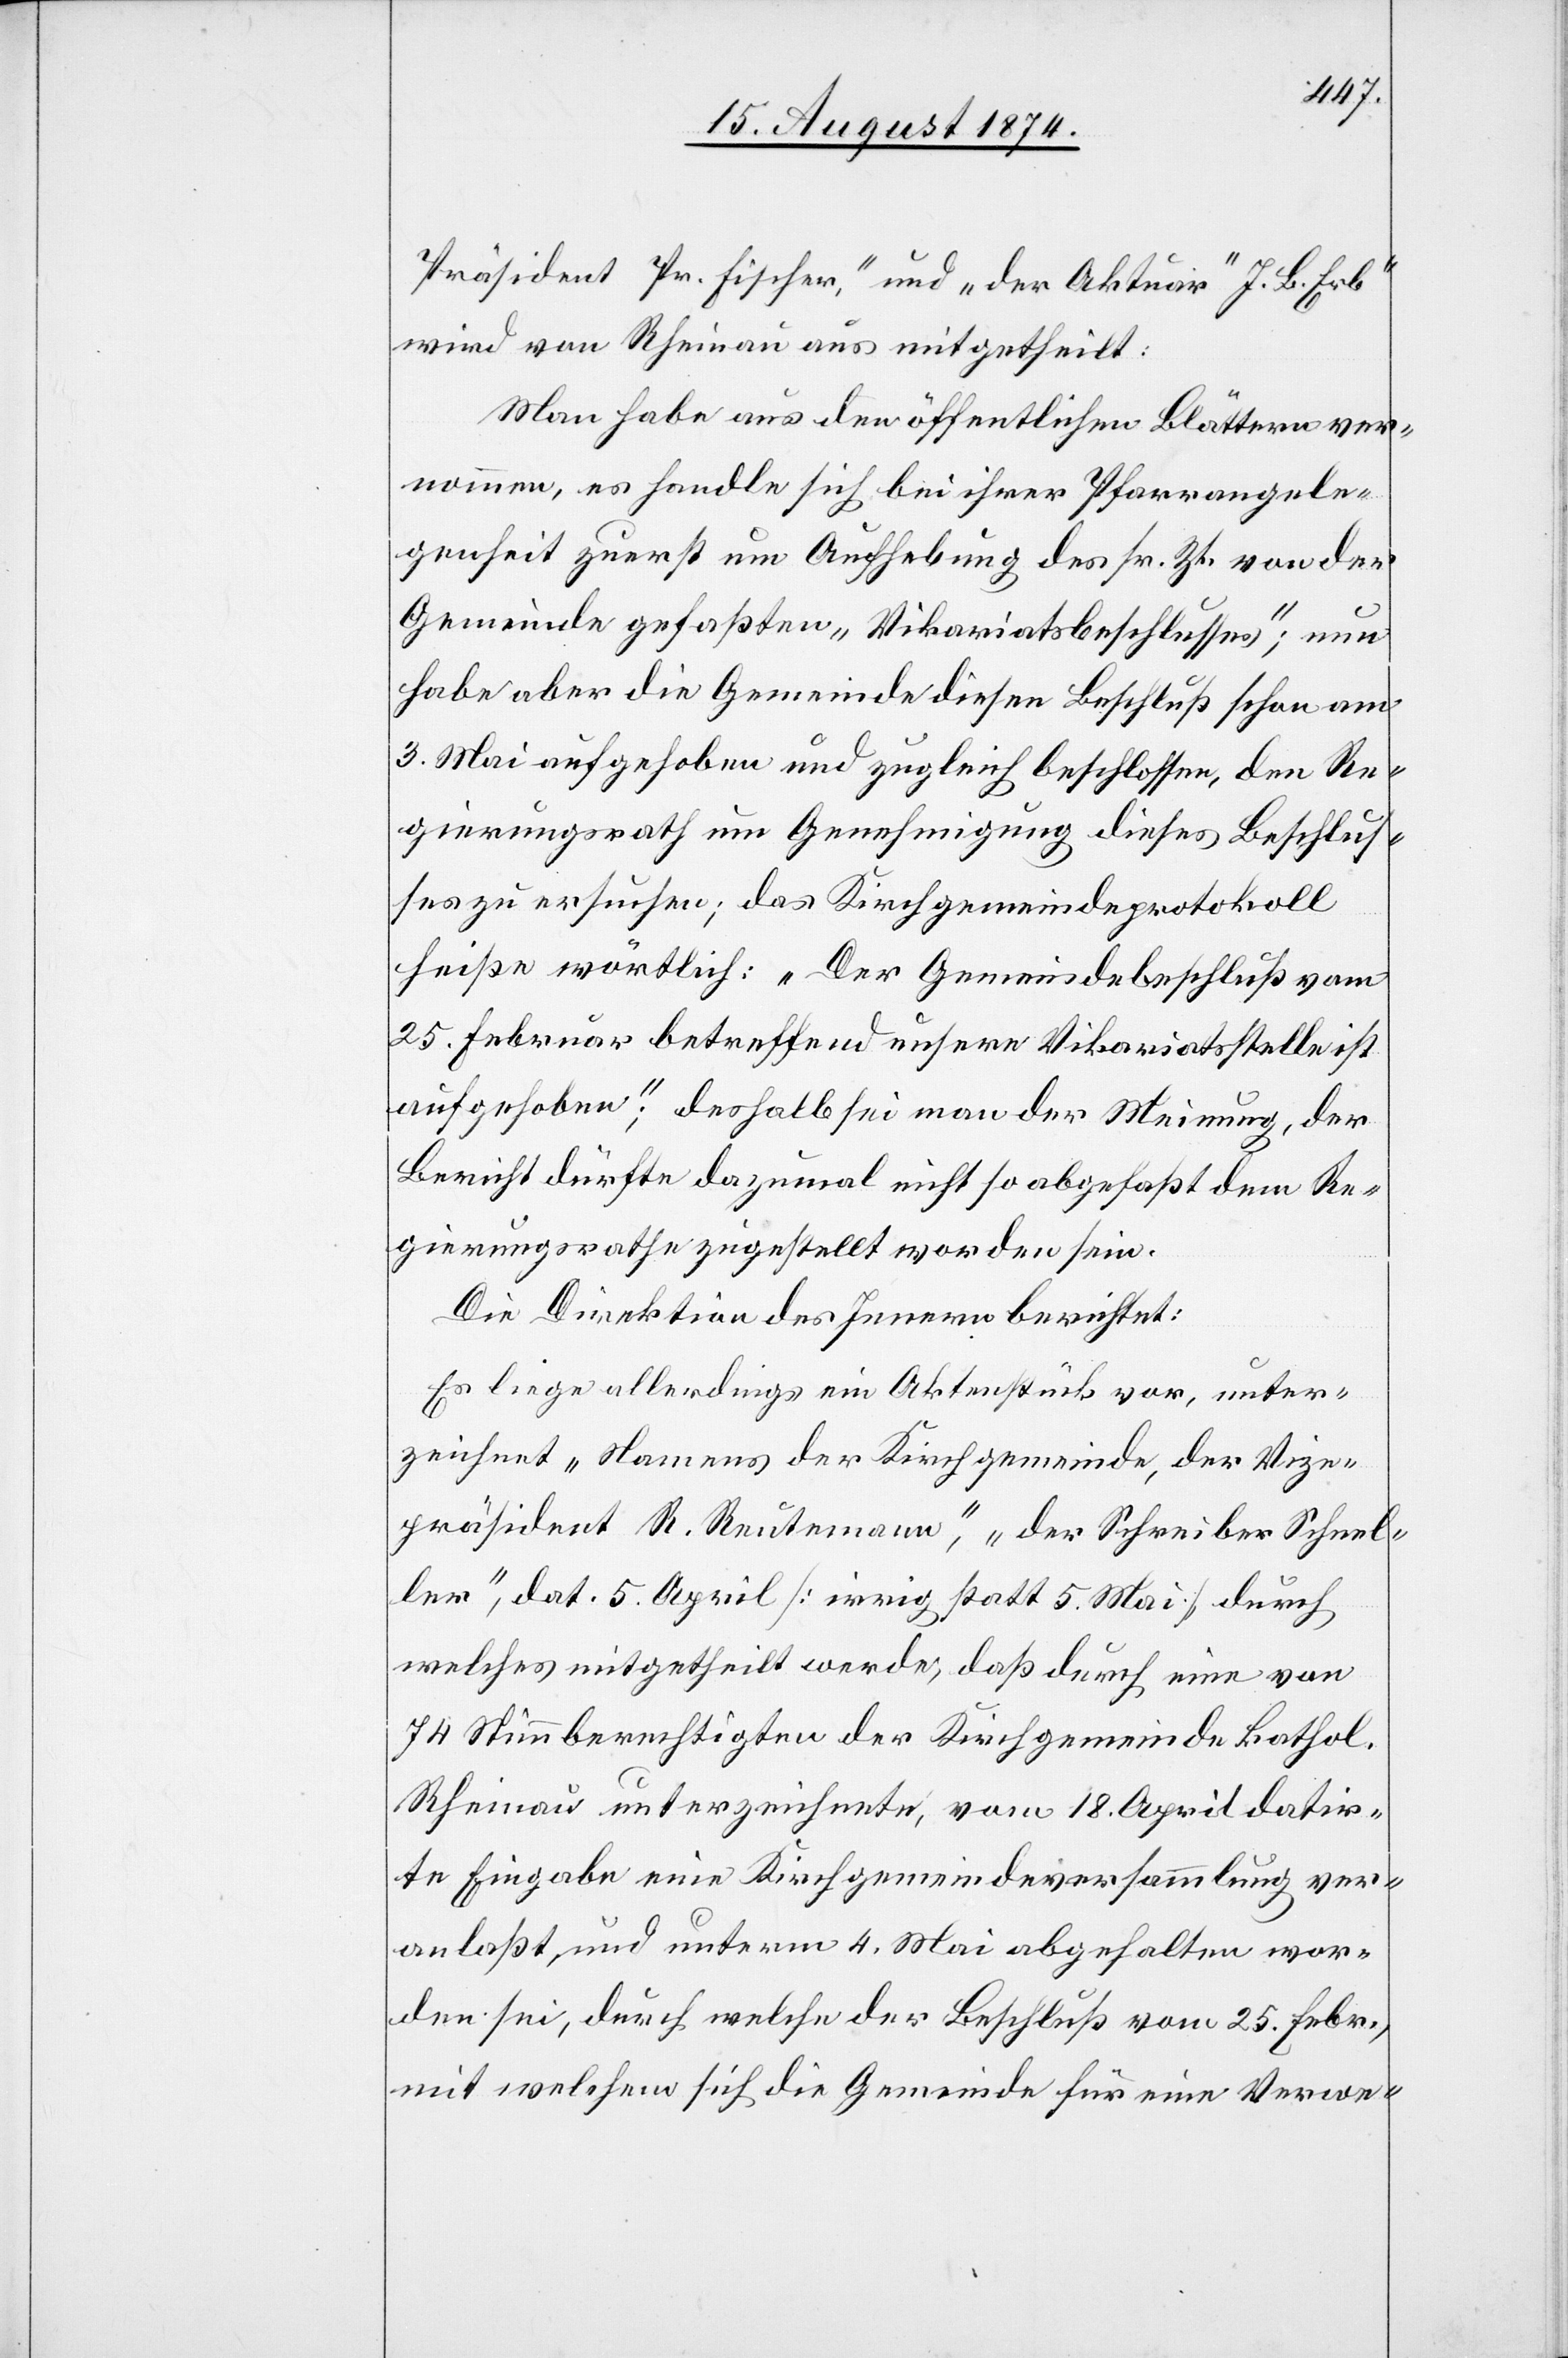
Präsident Pr. Fischer“, und „der Aktuar“ J. B. Erb“
wird von Rheinau aus mitgetheilt:
Man habe aus den öffentlichen Blättern ver¬
nommen, es handle sich bei ihrer Pfarrangele¬
genheit zuerst um Aufhebung des sr. Zt. von der
Gemeinde gefaßten „Vikariatsbeschlusses“; nun
habe aber die Gemeinde diesen Beschluß schon am
3. Mai aufgehoben und zugleich beschlossen, den Re¬
gierungsrath um Genehmigung dieses Beschlus¬
ses zu ersuchen; das Kirchgemeindeprotokoll
heiße wörtlich: „Der Gemeindebeschluß vom
25. Februar betreffend unsere Vikariatsstelle ist
aufgehoben“, deshalb sei man der Meinung, der
Bericht dürfte dazumal nicht so abgefaßt dem Re¬
gierungsrathe zugestellt worden sein.
Die Direktion des Innern berichtet:
Es liege allerdings ein Aktenstück vor, unter¬
zeichnet „Namens der Kirchgemeinde, der Vize¬
präsident R. Reutemann“, „der Schreiber Schel¬
ler“, dat. 5. April [irrig statt 5. Mai] durch
welches mitgetheilt werde, daß durch eine von
74 Stimmberechtigten der Kirchgemeinde kathol.
Rheinau unterzeichnete, vom 18. April datir¬
te Eingabe eine Kirchgemeindeversammlung ver¬
anlaßt und unterm 4. Mai abgehalten wor¬
den sei, durch welche der Beschluß vom 25. Febr.
mit welchem sich die Gemeinde für eine Verwe-